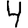
Digit: 4